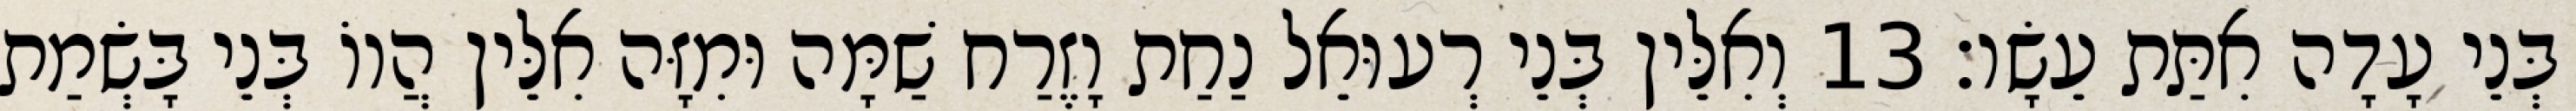
בְּנֵי עָדָה אִתַּת עֵשָׂו׃ 13 וְאִלֵּין בְּנֵי רְעוּאֵל נַחַת וָזֶרַח שַׁמָּה וּמִזָּה אִלֵּין הֲווֹ בְּנֵי בָּשְׂמַת